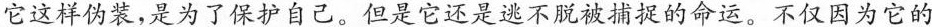
它这样伪装，是为了保护自己。但是它还是逃不脱被捕捉的命运。不仅因为它的